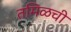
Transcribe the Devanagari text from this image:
तमिळची